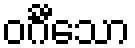
ဝင်္ဂီသော